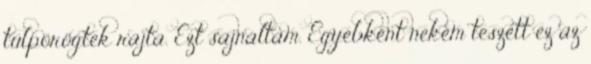
túlpörögtek rajta. Ezt sajnáltam. Egyébként nekem teszett ez az